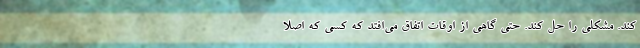
کند. مشکلی را حل کند. حتی گاهی از اوقات اتفاق می‌افتد که کسی که اصلا